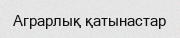
Аграрлық қатынастар